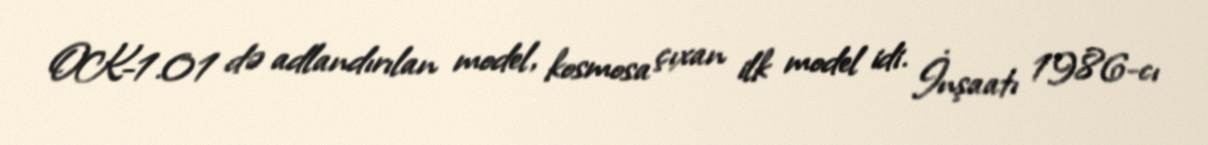
OK-1.01 də adlandırılan model, kosmosa çıxan ilk model idi. İnşaatı 1986-cı